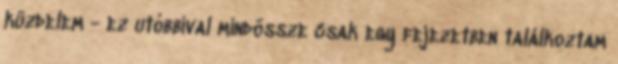
küzdelem - ez utóbbival mindössze csak egy fejezetben találkoztam